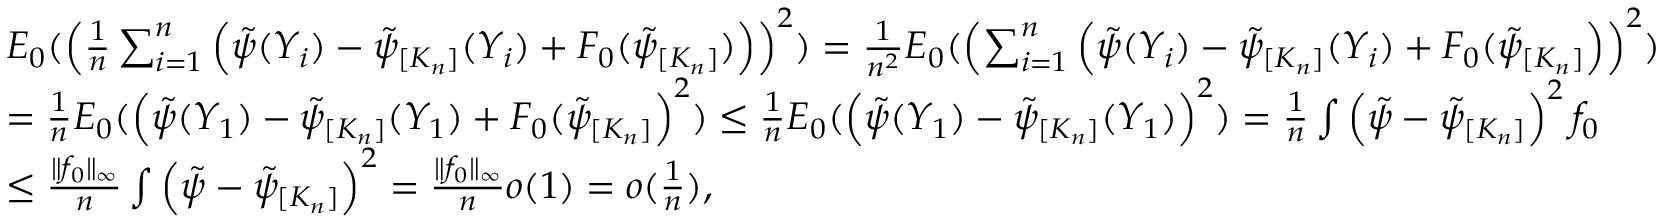
\begin{array} { r l } & { E _ { 0 } ( \left( \frac { 1 } { n } \sum _ { i = 1 } ^ { n } \Big ( \tilde { \psi } ( Y _ { i } ) - \tilde { \psi } _ { [ K _ { n } ] } ( Y _ { i } ) + F _ { 0 } ( \tilde { \psi } _ { [ K _ { n } ] } ) \Big ) \right) ^ { 2 } ) = \frac { 1 } { n ^ { 2 } } E _ { 0 } ( \left( \sum _ { i = 1 } ^ { n } \Big ( \tilde { \psi } ( Y _ { i } ) - \tilde { \psi } _ { [ K _ { n } ] } ( Y _ { i } ) + F _ { 0 } ( \tilde { \psi } _ { [ K _ { n } ] } \Big ) \right) ^ { 2 } ) } \\ & { = \frac { 1 } { n } E _ { 0 } ( \Big ( \tilde { \psi } ( Y _ { 1 } ) - \tilde { \psi } _ { [ K _ { n } ] } ( Y _ { 1 } ) + F _ { 0 } ( \tilde { \psi } _ { [ K _ { n } ] } \Big ) ^ { 2 } ) \leq \frac { 1 } { n } E _ { 0 } ( \Big ( \tilde { \psi } ( Y _ { 1 } ) - \tilde { \psi } _ { [ K _ { n } ] } ( Y _ { 1 } ) \Big ) ^ { 2 } ) = \frac { 1 } { n } \int \left( \tilde { \psi } - \tilde { \psi } _ { [ K _ { n } ] } \right) ^ { 2 } f _ { 0 } } \\ & { \leq \frac { \| f _ { 0 } \| _ { \infty } } { n } \int \left( \tilde { \psi } - \tilde { \psi } _ { [ K _ { n } ] } \right) ^ { 2 } = \frac { \| f _ { 0 } \| _ { \infty } } { n } o ( 1 ) = o ( \frac { 1 } { n } ) , } \end{array}